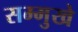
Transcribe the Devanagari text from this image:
सम्मुखे